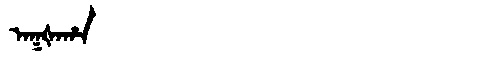
Manchu: ᠠᡴᡧᠠᡥᠠ
Romanization: AKŠAHA